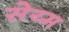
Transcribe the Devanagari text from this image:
सेय्म